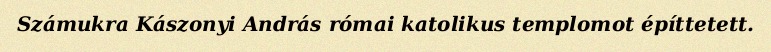
Számukra Kászonyi András római katolikus templomot építtetett.